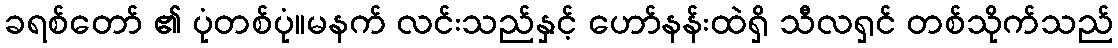
ခရစ်တော် ၏ ပုံတစ်ပုံ။မနက် လင်းသည်နှင့် ဟော်နန်းထဲရှိ သီလရှင် တစ်သိုက်သည်